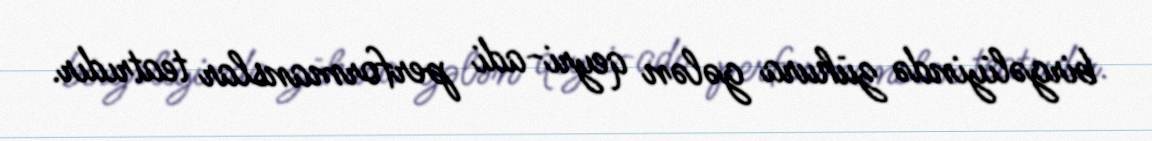
birgəliyində zühura gələn qeyri-adi performanslar teatrıdır.